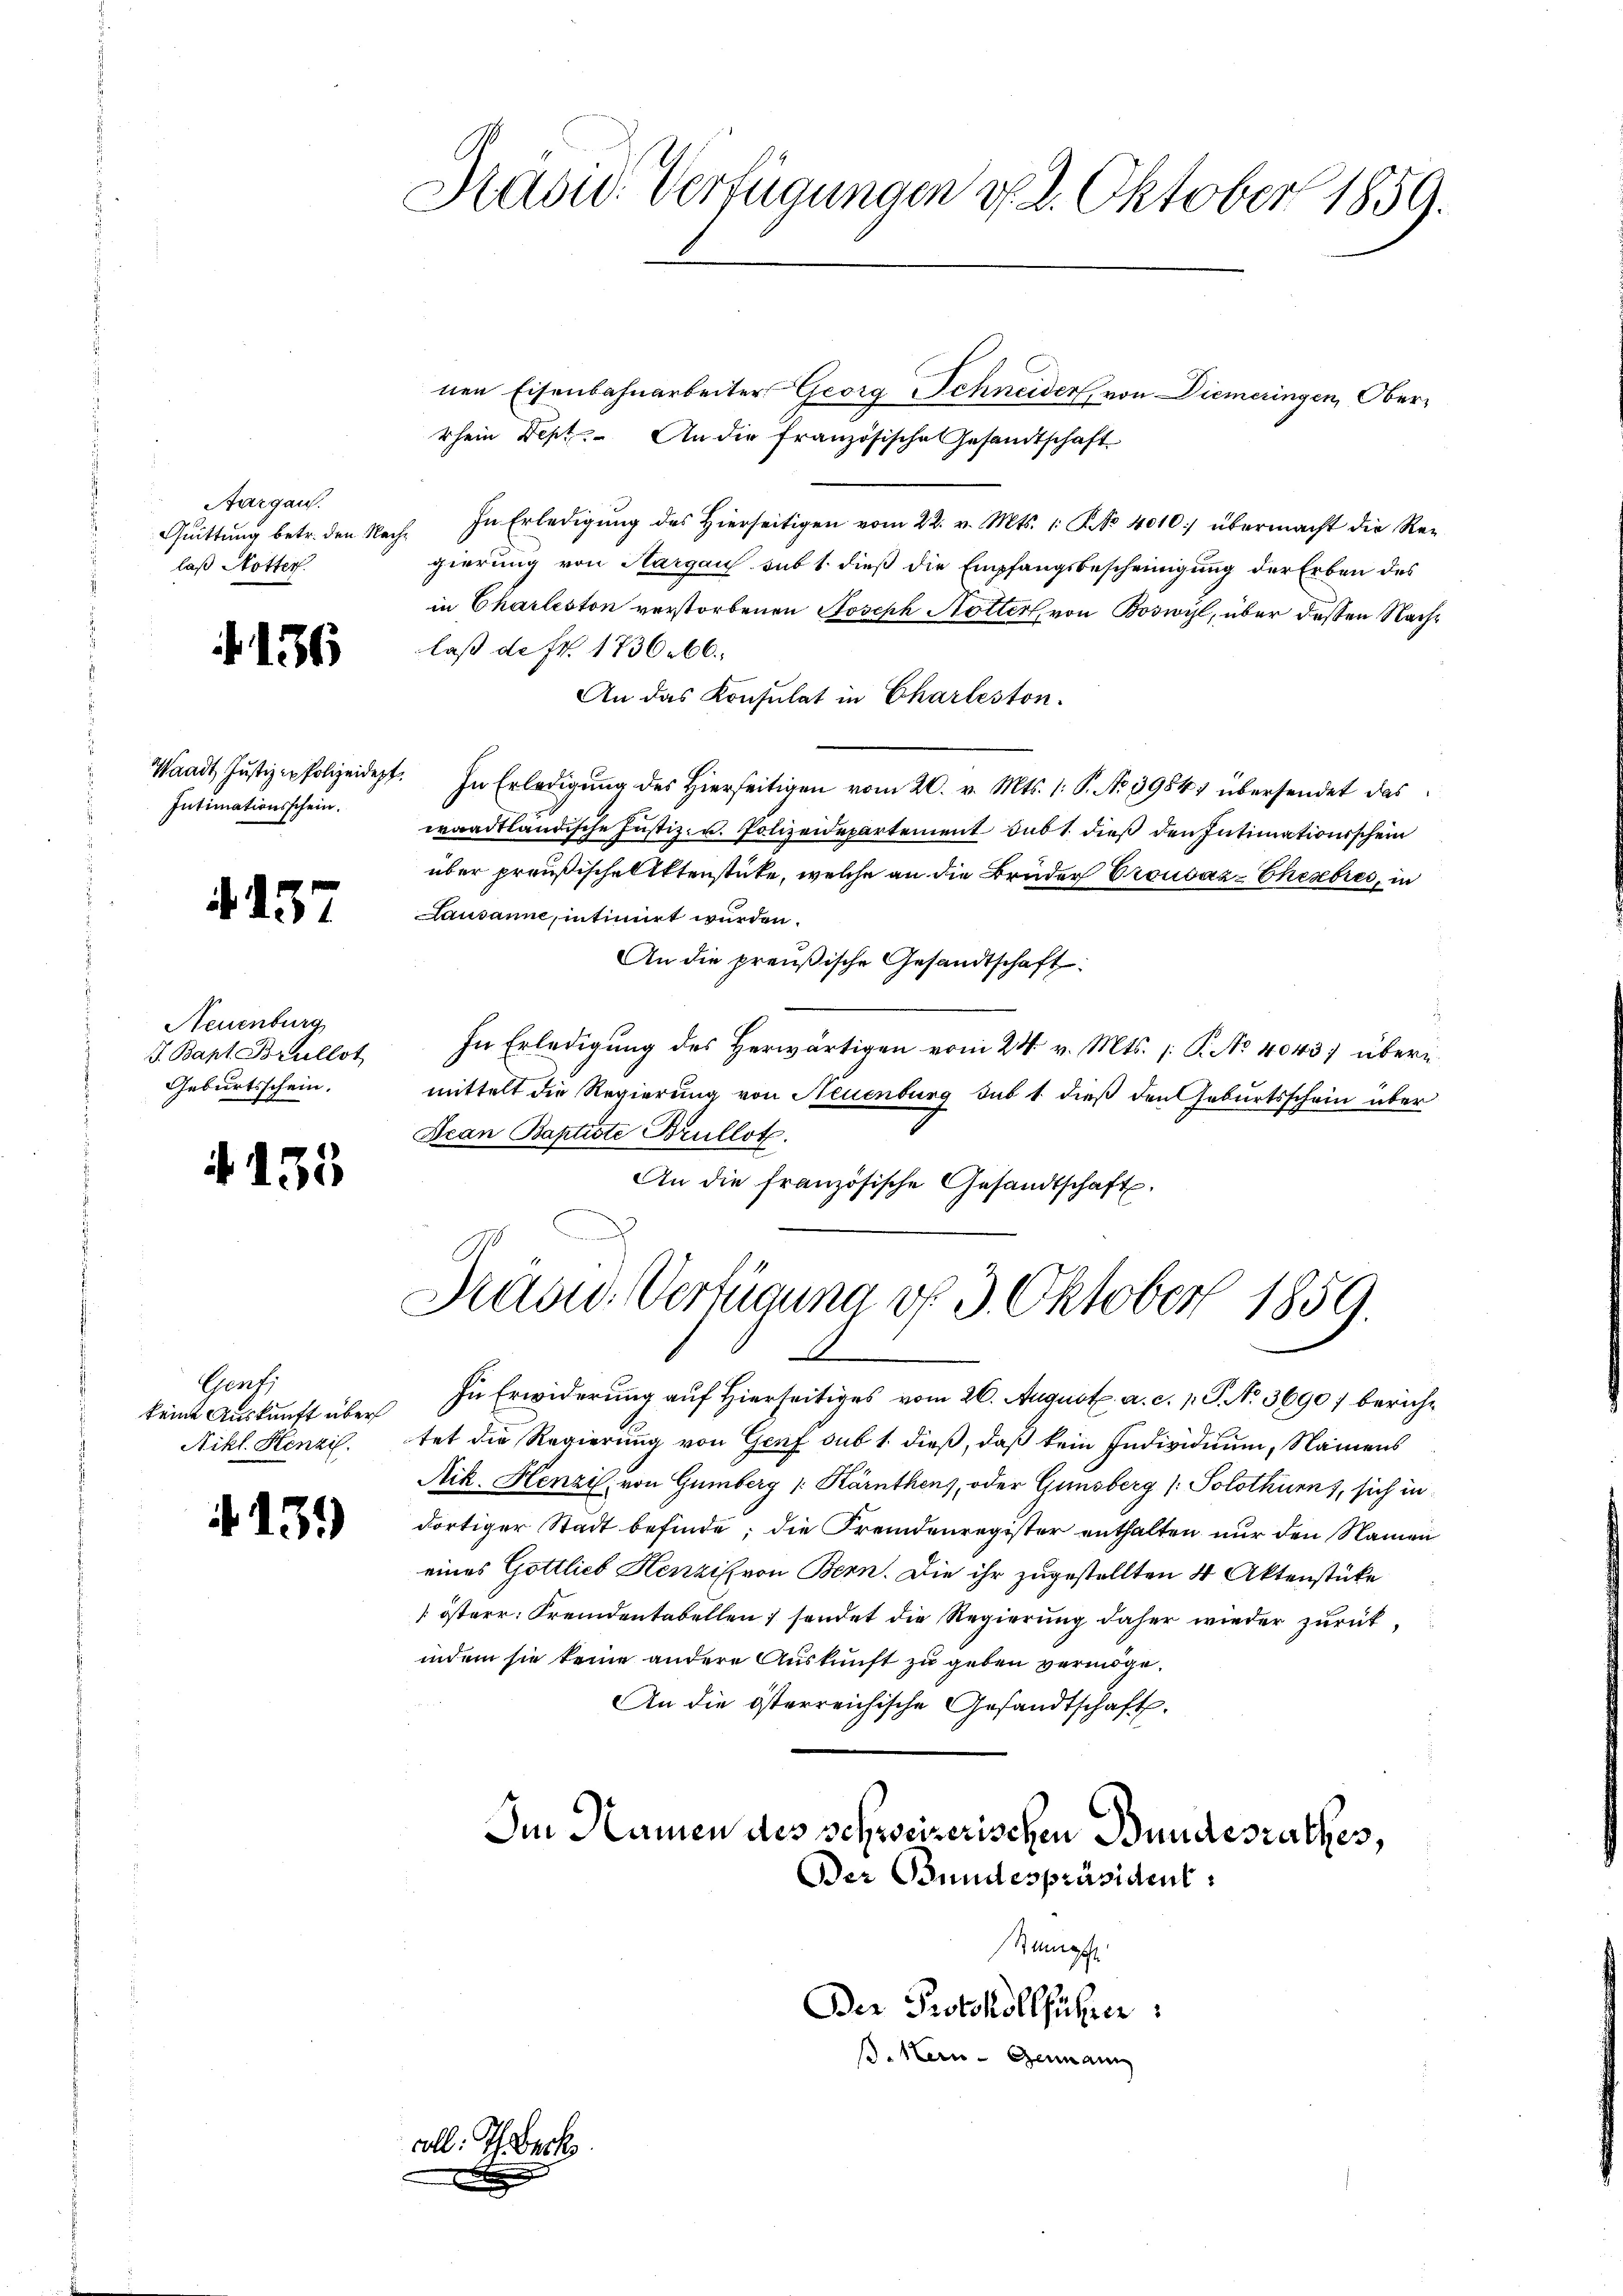
Aargau.
Quittung betr. den Nachlaß Notter.

f. 136

Intimationsschein.

4. 157

Neuenburg
J. Bapt. Brullot
Geburtsschein.

4155

Genf.
keine Auskunft über
Nikl. Henzil.

13.)

Kasid. Verfügungen v. 2. Oktober 1859.

nen Eisenbahnarbeiter Georg Schneider, von Diemeringen, Oberrhein Dept. An die französische Gesandtschaft
In Erledigŭng des hierseitigen vom 22. v. Mts. 1. No. 4010:) übermacht die Re-
gierung von Aargau sub 1. dieß die Empfangsbescheinigung der Erben des
in Charleston verstorbenen Joseph Hotter von Boswyl, über dessen Nachlaß de Fr. 173666,
An das Konsulat in Charleston.
Waadt Justiz - Polizeidet. In Erledigŭng des hierseitigen vom 20. v. Mts. 1: P. No 39843 übersendet das
waadtländische Justiz- u. Polizeidepartement sub 1. dieß den Intimationsschein
über preußische Aktenstücke, welche an die Bruder Crousaz-Cherbres, in
Lausanne, intimirt wurden.
An die preußische Gesandtschaft:
In Erledigung des Herwärtigen vom 24. v. Mts. 1. P. No 4043) übermittelt die Regierung von Neuenburg sub 1 dieß den Geburtsschein über
Aean Baptiste Brullot.
An die französische Gesandtschaft.

Präsid. Verfügung d. 3. Oktober 1859.
x

In Erwiderung auf Hierseitiges vom 26. August. a. c. p. P. No. 3690) bericht
tet die Regierung von Genf sub 1. dieß, daß kein Individuum, Namens
Nik. Henzi, von Gümberg /: Kärnthens, oder Ginsberg (: Solothurn, sich in
dortiger Stadt befinde; die Fremdenregister enthalten nur den Namen
eines Gottlieb Henzis von Bern. Die ihr zugestellten 4 Aktenstücke
österr. Fremdentabellen, sondet die Regierung daher wieder zurückindem sie keine andere Auskunft zu geben vermöge.
An die österreichische Gesandtschaft.
Im Namen des schweizerischen Bundesrathes,
Der Bundespräsident:
Sumge
Der Protokollführer
B.Hen-Germann

10

b. Tech